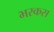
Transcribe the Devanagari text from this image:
भरकस